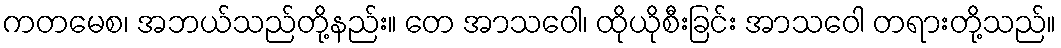
ကတမေစ၊ အဘယ်သည်တို့နည်း။ တေ အာသဝေါ၊ ထိုယိုစီးခြင်း အာသဝေါ တရားတို့သည်။